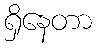
ရှိနေတာ